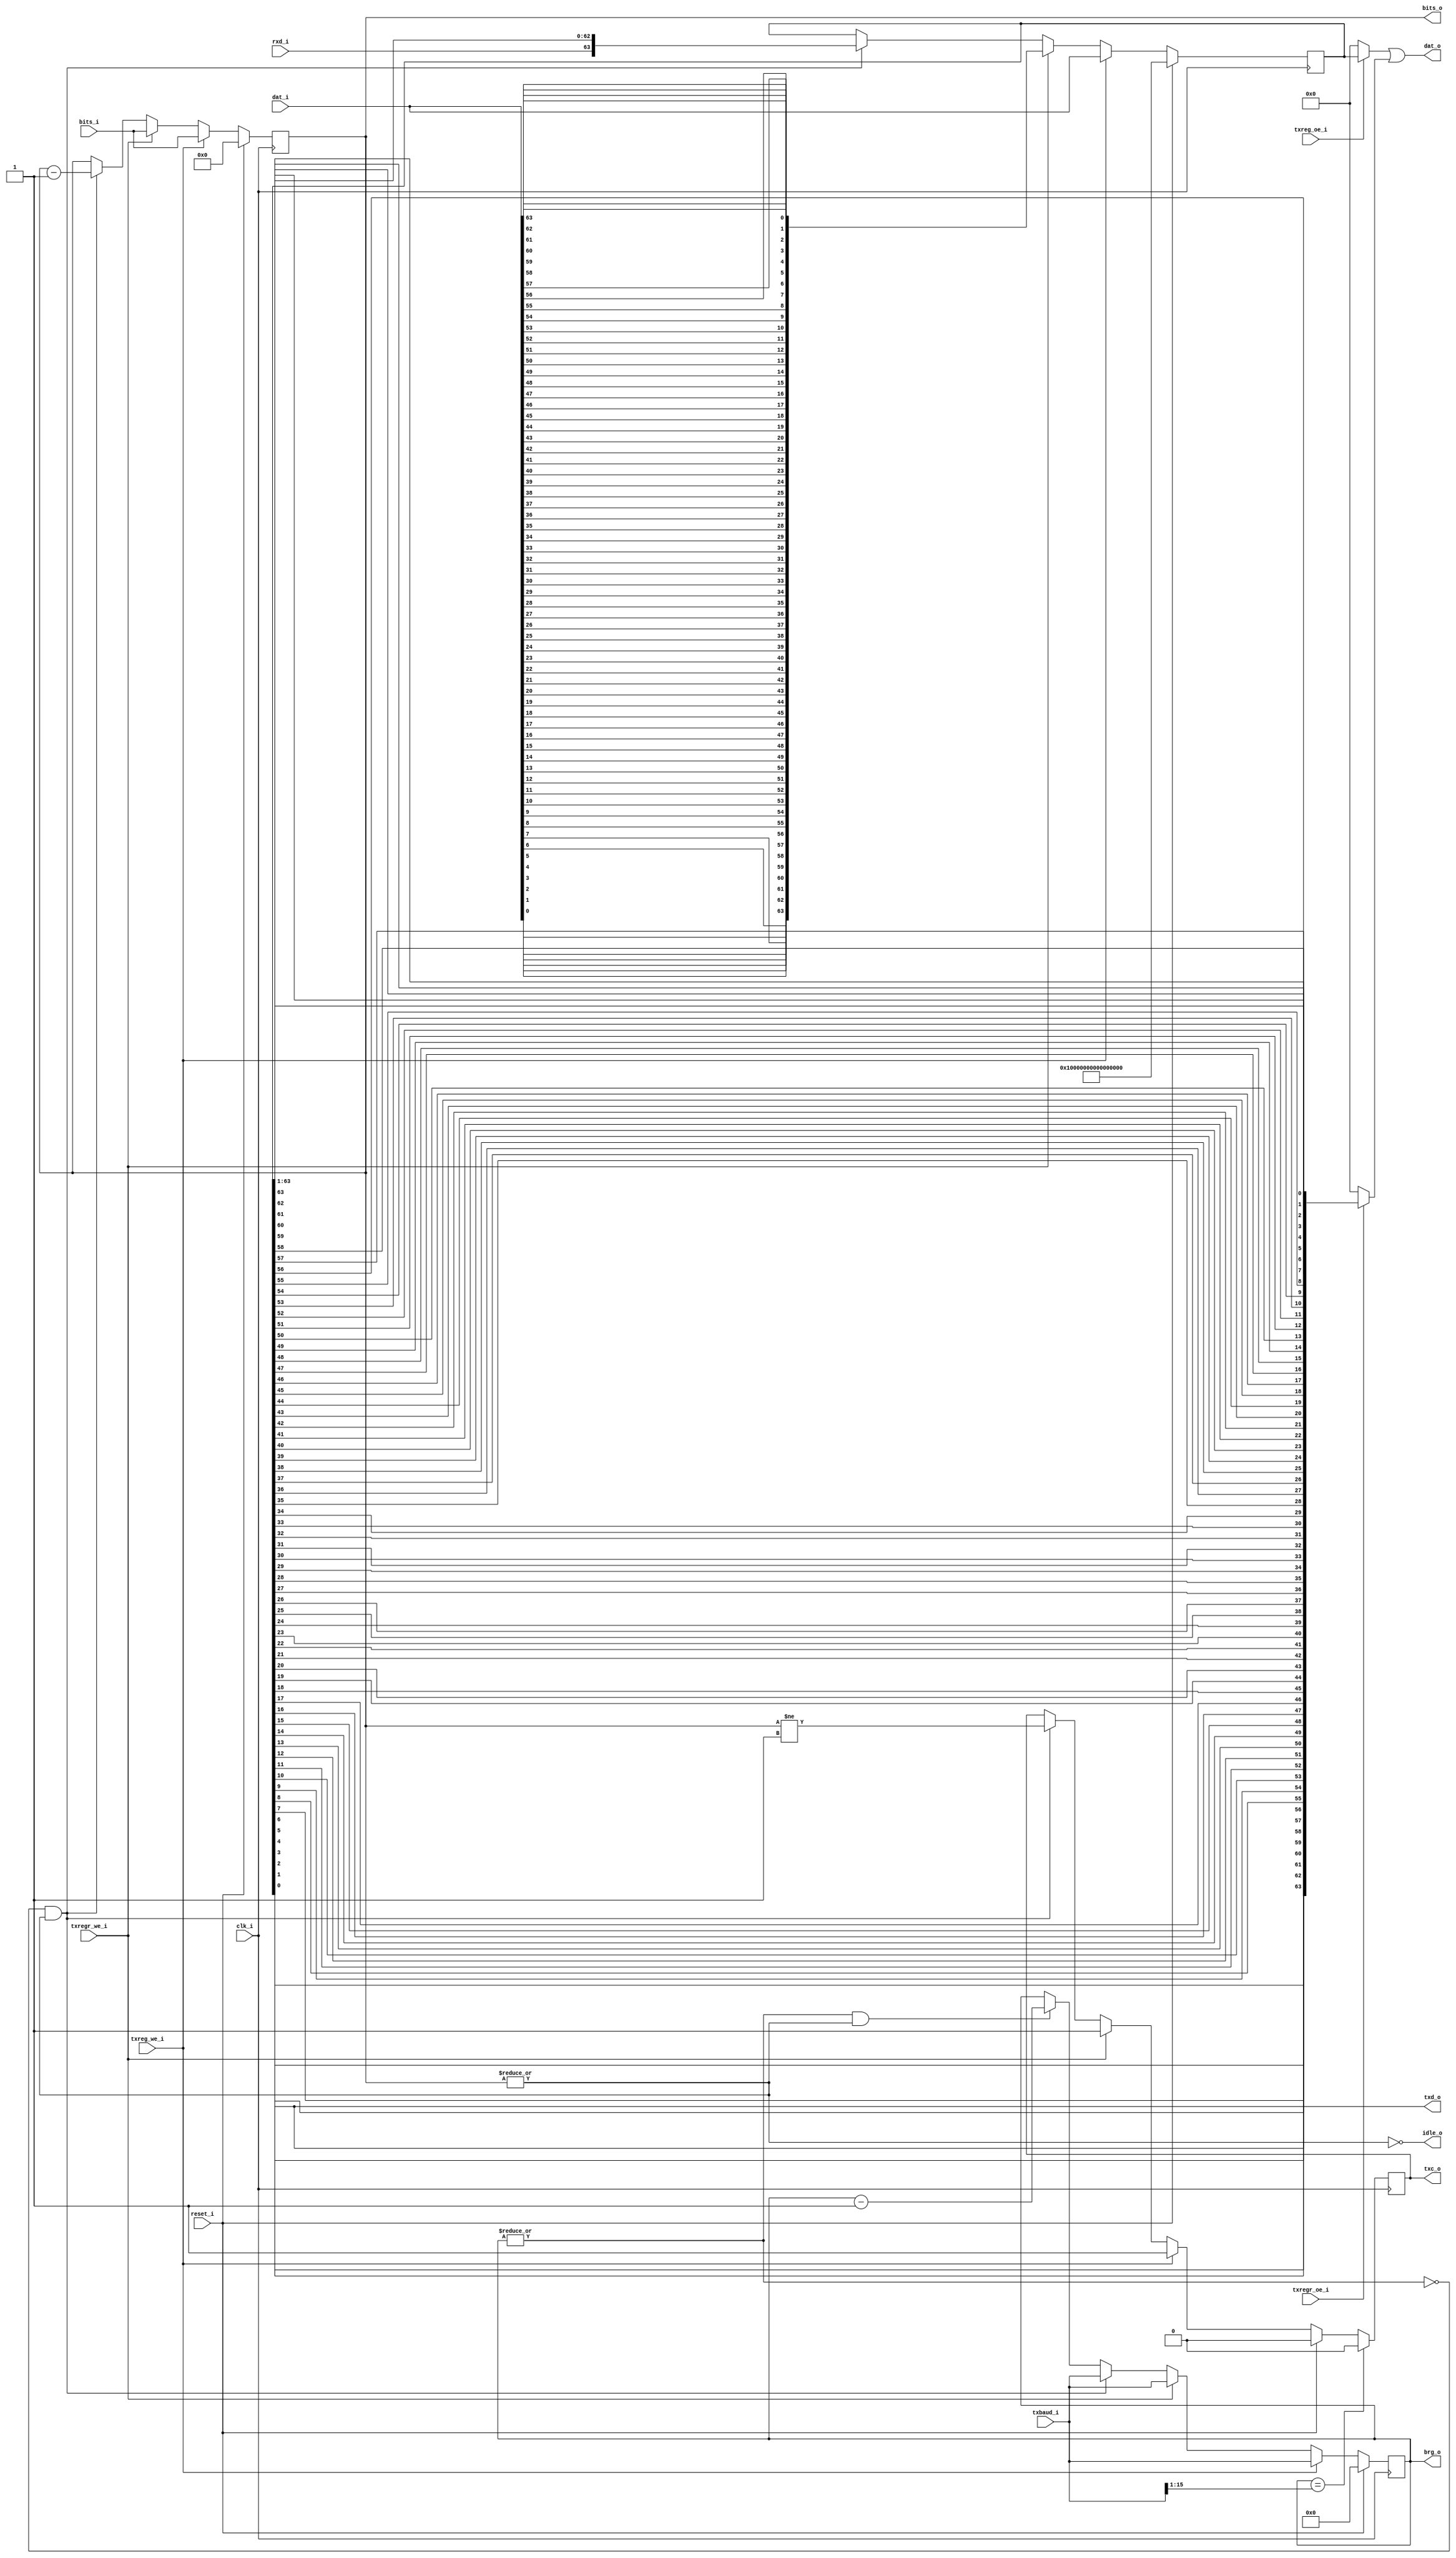
module xst(
	input		clk_i,
	input		reset_i,

	input		rxd_i,
	input	[63:0]	dat_i,

	input		txreg_we_i,
	input		txregr_we_i,
	input		txreg_oe_i,
	input		txregr_oe_i,
	input	[15:0]	txbaud_i,
	input	[5:0]	bits_i,

	output		txd_o,
	output		txc_o,
	output		idle_o,
	output	[15:0]	brg_o,
	output	[5:0]	bits_o,
	output	[63:0]	dat_o
);
	reg	[5:0]	bits_o;
	reg	[15:0]	brg_o;
	reg	[63:0]	shift_register;
	reg		txc_o;

	assign		txd_o = shift_register[0];
	assign		idle_o = ~|bits_o;

	wire		txreg_shift = ~|brg_o;
	wire	[15:1]	halfbit = txbaud_i[15:1];

	wire	[63:0]	shift_reg_rev = {
				shift_register[0],
				shift_register[1],
				shift_register[2],
				shift_register[3],
				shift_register[4],
				shift_register[5],
				shift_register[6],
				shift_register[7],
				shift_register[8],
				shift_register[9],
				shift_register[10],
				shift_register[11],
				shift_register[12],
				shift_register[13],
				shift_register[14],
				shift_register[15],
				shift_register[16],
				shift_register[17],
				shift_register[18],
				shift_register[19],
				shift_register[20],
				shift_register[21],
				shift_register[22],
				shift_register[23],
				shift_register[24],
				shift_register[25],
				shift_register[26],
				shift_register[27],
				shift_register[28],
				shift_register[29],
				shift_register[30],
				shift_register[31],
				shift_register[32],
				shift_register[33],
				shift_register[34],
				shift_register[35],
				shift_register[36],
				shift_register[37],
				shift_register[38],
				shift_register[39],
				shift_register[40],
				shift_register[41],
				shift_register[42],
				shift_register[43],
				shift_register[44],
				shift_register[45],
				shift_register[46],
				shift_register[47],
				shift_register[48],
				shift_register[49],
				shift_register[50],
				shift_register[51],
				shift_register[52],
				shift_register[53],
				shift_register[54],
				shift_register[55],
				shift_register[56],
				shift_register[57],
				shift_register[58],
				shift_register[59],
				shift_register[60],
				shift_register[61],
				shift_register[62],
				shift_register[63]
			};

	assign		dat_o =
			  (txreg_oe_i ? shift_register : 0)
			| (txregr_oe_i ? shift_reg_rev : 0);

	always @(posedge clk_i) begin
		shift_register <= shift_register;
		brg_o <= brg_o;
		txc_o <= txc_o;
		bits_o <= bits_o;

		if(reset_i) begin
			shift_register <= ~(64'd0);
			brg_o <= 0;
			txc_o <= 0;
			bits_o <= 0;
		end

		else if(txreg_we_i) begin
			brg_o <= txbaud_i;
			txc_o <= 1;
			shift_register <= dat_i;
			bits_o <= bits_i;
		end

		else if(txregr_we_i) begin
			brg_o <= txbaud_i;
			txc_o <= 1;
			shift_register <= {
				dat_i[0], dat_i[1], dat_i[2], dat_i[3],
				dat_i[4], dat_i[5], dat_i[6], dat_i[7],
				dat_i[8], dat_i[9],
				dat_i[10], dat_i[11], dat_i[12], dat_i[13],
				dat_i[14], dat_i[15], dat_i[16], dat_i[17],
				dat_i[18], dat_i[19],
				dat_i[20], dat_i[21], dat_i[22], dat_i[23],
				dat_i[24], dat_i[25], dat_i[26], dat_i[27],
				dat_i[28], dat_i[29],
				dat_i[30], dat_i[31], dat_i[32], dat_i[33],
				dat_i[34], dat_i[35], dat_i[36], dat_i[37],
				dat_i[38], dat_i[39],
				dat_i[40], dat_i[41], dat_i[42], dat_i[43],
				dat_i[44], dat_i[45], dat_i[46], dat_i[47],
				dat_i[48], dat_i[49],
				dat_i[50], dat_i[51], dat_i[52], dat_i[53],
				dat_i[54], dat_i[55], dat_i[56], dat_i[57],
				dat_i[58], dat_i[59],
				dat_i[60], dat_i[61], dat_i[62], dat_i[63]
			};
			bits_o <= bits_i;
		end

		else begin
			if(txreg_shift & ~idle_o) begin
				brg_o <= txbaud_i;
				txc_o <= (bits_o != 6'd1);
				shift_register <= {rxd_i, shift_register[63:1]};
				bits_o <= bits_o - 1;
			end
			else if(~txreg_shift & ~idle_o) begin
				brg_o <= brg_o - 1;
			end
		end

		if(brg_o == {1'b0, halfbit}) begin
			txc_o <= 0;
		end
	end
endmodule